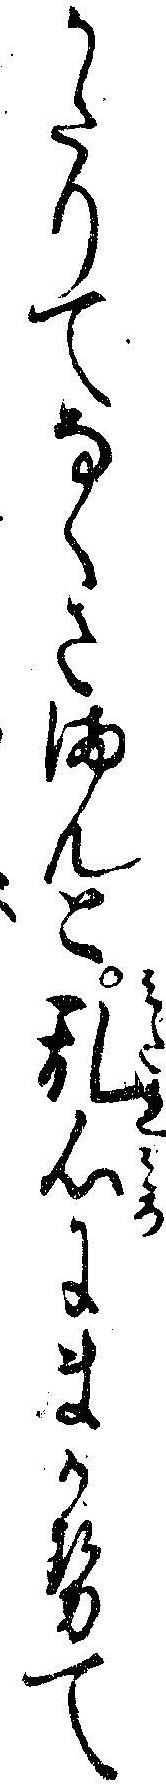
かたりてなくさまんと乱心にまかせて